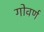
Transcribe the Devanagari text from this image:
गोवर्ण